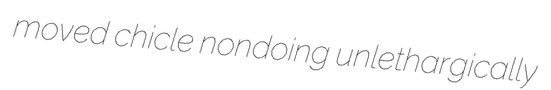
moved chicle nondoing unlethargically